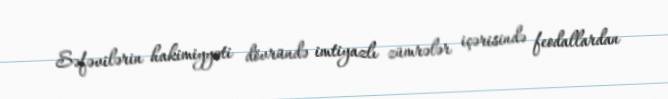
Səfəvilərin hakimiyyəti dövründə imtiyazlı zümrələr içərisində feodallardan